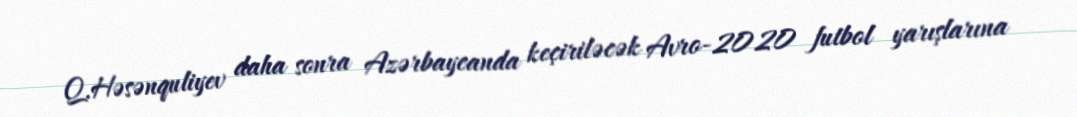
Q.Həsənquliyev daha sonra Azərbaycanda keçiriləcək Avro-2020 futbol yarışlarına